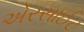
એરસાઈટ